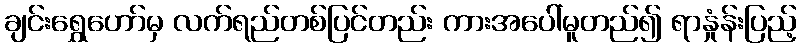
ချင်းရွှေဟော်မှ လက်ရည်တစ်ပြင်တည်း ကားအပေါ်မူတည်၍ ရာနှုံန်းပြည့်